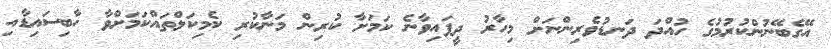
އޭގެބޭނުންކުރުމުގެ ހުއްދަ ދަނޑުވެރިންނަށް މިހާރު ދީފައިވާނެ ކަމަށާ ކުރިން މަނާކުރި ކެމިކަލްތައްކަމަށްވާ ހާބިސައިޑާއި